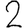
Digit: 2